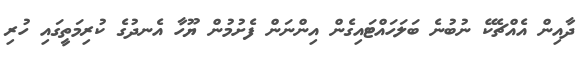
ދާއިން އެއްޗެކޭ ނުބުނެ ބަލަހައްޓައިގެން އިންނަން ފެށުމުން ޔޫހާ އެނދުގެ ކުރިމަތީގައި ހުރި